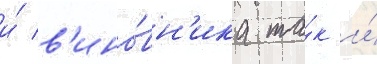
и́ в'ино́вн'ика та́к и́